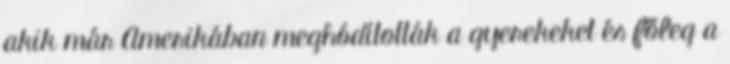
akik már Amerikában meghódították a gyerekeket és főleg a